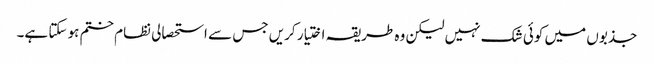
جذبوں میں کوئی شک نہیں لیکن وہ طریقہ اختیار کریں جس سے استحصالی نظام ختم ہو سکتا ہے۔